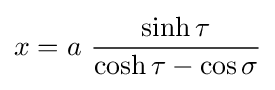
x=a\ {\frac {\sinh \tau }{\cosh \tau -\cos \sigma }}